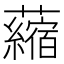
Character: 𧃴